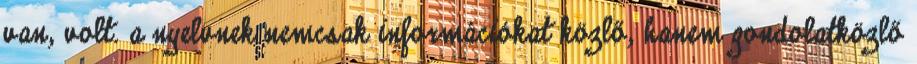
van, volt. a nyelvnek nemcsak információkat közlő, hanem gondolatközlő